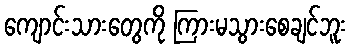
ကျောင်းသားတွေကို ကြားမသွားစေချင်ဘူး